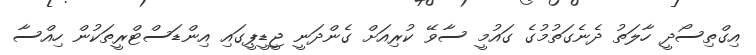
އިގްތިސޯދީ ހާލަތު ދެނެގަތުމުގެ ގައުމީ ސާވޭ ކުރިއަށް ގެންދަނީ ޖީޑީޕީގައި އިންޑަސްޓްރީތަކުން ހިއްސާ